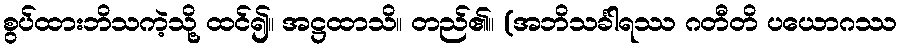
စွပ်ထားဘိသကဲ့သို့ ထင်၍။ အဋ္ဌထာသိ။ တည်၏။ (အဘိသင်္ခါရဿ ဂတီတိ ပယောဂဿ